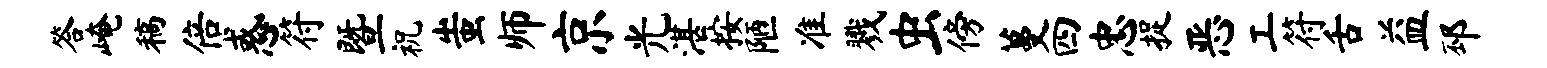
答崦稿倍惑符暨祝蚩师京光湛按陋准戮虫傍蔓四忠捉恶工符舌益邳